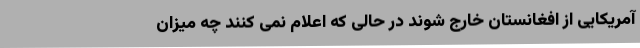
آمریکایی از افغانستان خارج شوند در حالی که اعلام نمی کنند چه میزان